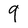
Character: 9